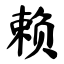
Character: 赖